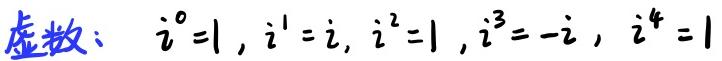
虚数：$i^{0}=1,\ i^{1}=i,\ i^{2}=-1,\ i^{3}=-i,\ i^{4}=1$